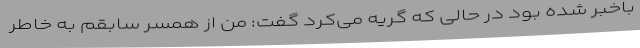
باخبر شده بود در حالی که گریه می‌کرد گفت: من از همسر سابقم به خاطر